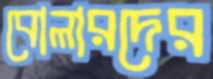
বোলারদের